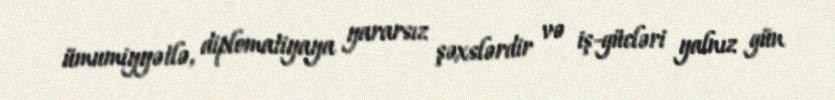
ümumiyyətlə, diplomatiyaya yararsız şəxslərdir və iş-gücləri yalnız gün